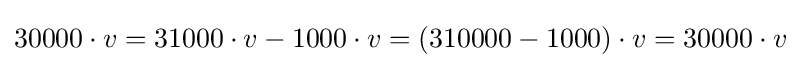
30000\cdot v=31000\cdot v-1000\cdot v=(310000-1000)\cdot v=30000\cdot v